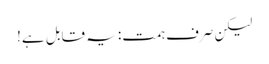
لیکن صرف ہمت: یہ قابل ہے!